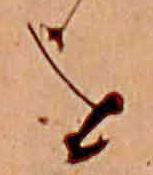
を